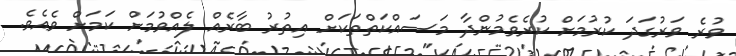
ވުރެ ވަރުގަދަ ކުރުމަށް ކުރެވެމުންދާ މަސައްކަތްތަކަށް އިތުރު ބާރެއް ލެއްވުމަށް ކަމަށް ވެއެވެ.